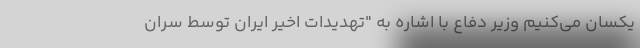
یکسان می‌کنیم وزیر دفاع با اشاره به "تهدیدات اخیر ایران توسط سران